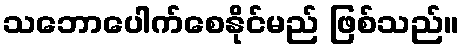
သဘောပေါက်စေနိုင်မည် ဖြစ်သည်။